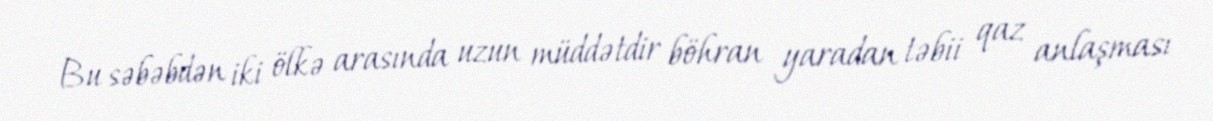
Bu səbəbdən iki ölkə arasında uzun müddətdir böhran yaradan təbii qaz anlaşması